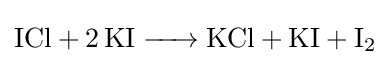
{\ce {ICl + 2 KI -> KCl + KI + I2}}